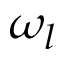
\omega _ { l }